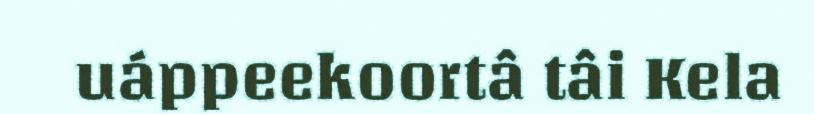
uáppeekoortâ tâi Kela